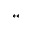
^ { * * }